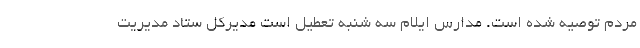
مردم توصیه شده است. مدارس ایلام سه شنبه تعطیل است مدیرکل ستاد مدیریت